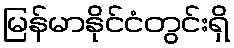
မြန်မာနိုင်ငံတွင်းရှိ